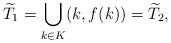
LaTeX: \begin{align*}\widetilde{T}_1 = \bigcup_{k\in K} (k, f(k)) = \widetilde{T}_2,\end{align*}